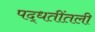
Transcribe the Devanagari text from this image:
पद्धतींतली